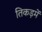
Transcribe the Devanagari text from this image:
तिकड़में